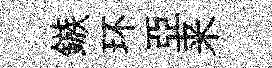
鏃环亞来